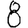
Digit: 8